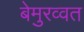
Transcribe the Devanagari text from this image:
बेमुरव्वत